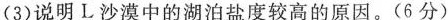
(3)说明L沙漠中的湖泊盐度较高的原因。(6分)